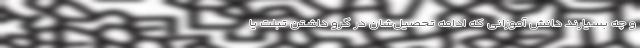
و چه بسیارند دانش آموزانی که ادامه تحصیل‌شان در گرو داشتن تبلت یا